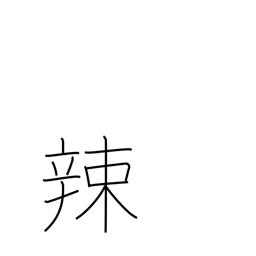
Meaning: pungent